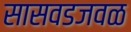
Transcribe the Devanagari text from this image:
सासवडजवळ